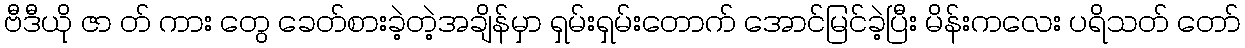
ဗီဒီယို ဇာ တ် ကား တွေ ခေတ်စားခဲ့တဲ့အချိန်မှာ ရှမ်းရှမ်းတောက် အောင်မြင်ခဲ့ပြီး မိန်းကလေး ပရိသတ် တော်